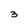
Character: 3